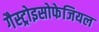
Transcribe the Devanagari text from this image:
गैस्ट्रोइसोफेजियल